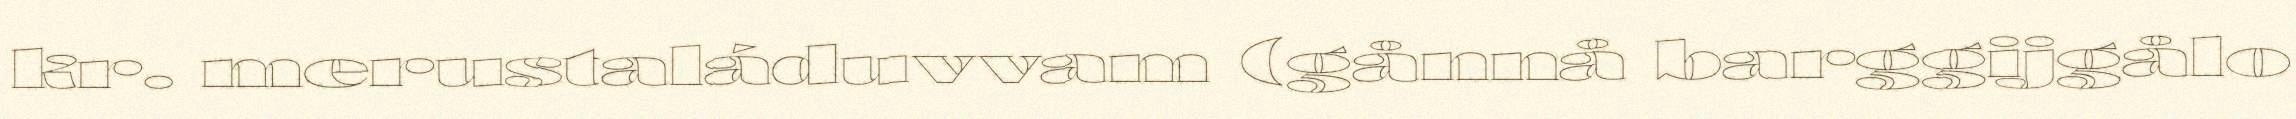
kr. merustaláduvvam (gånnå barggijgålo